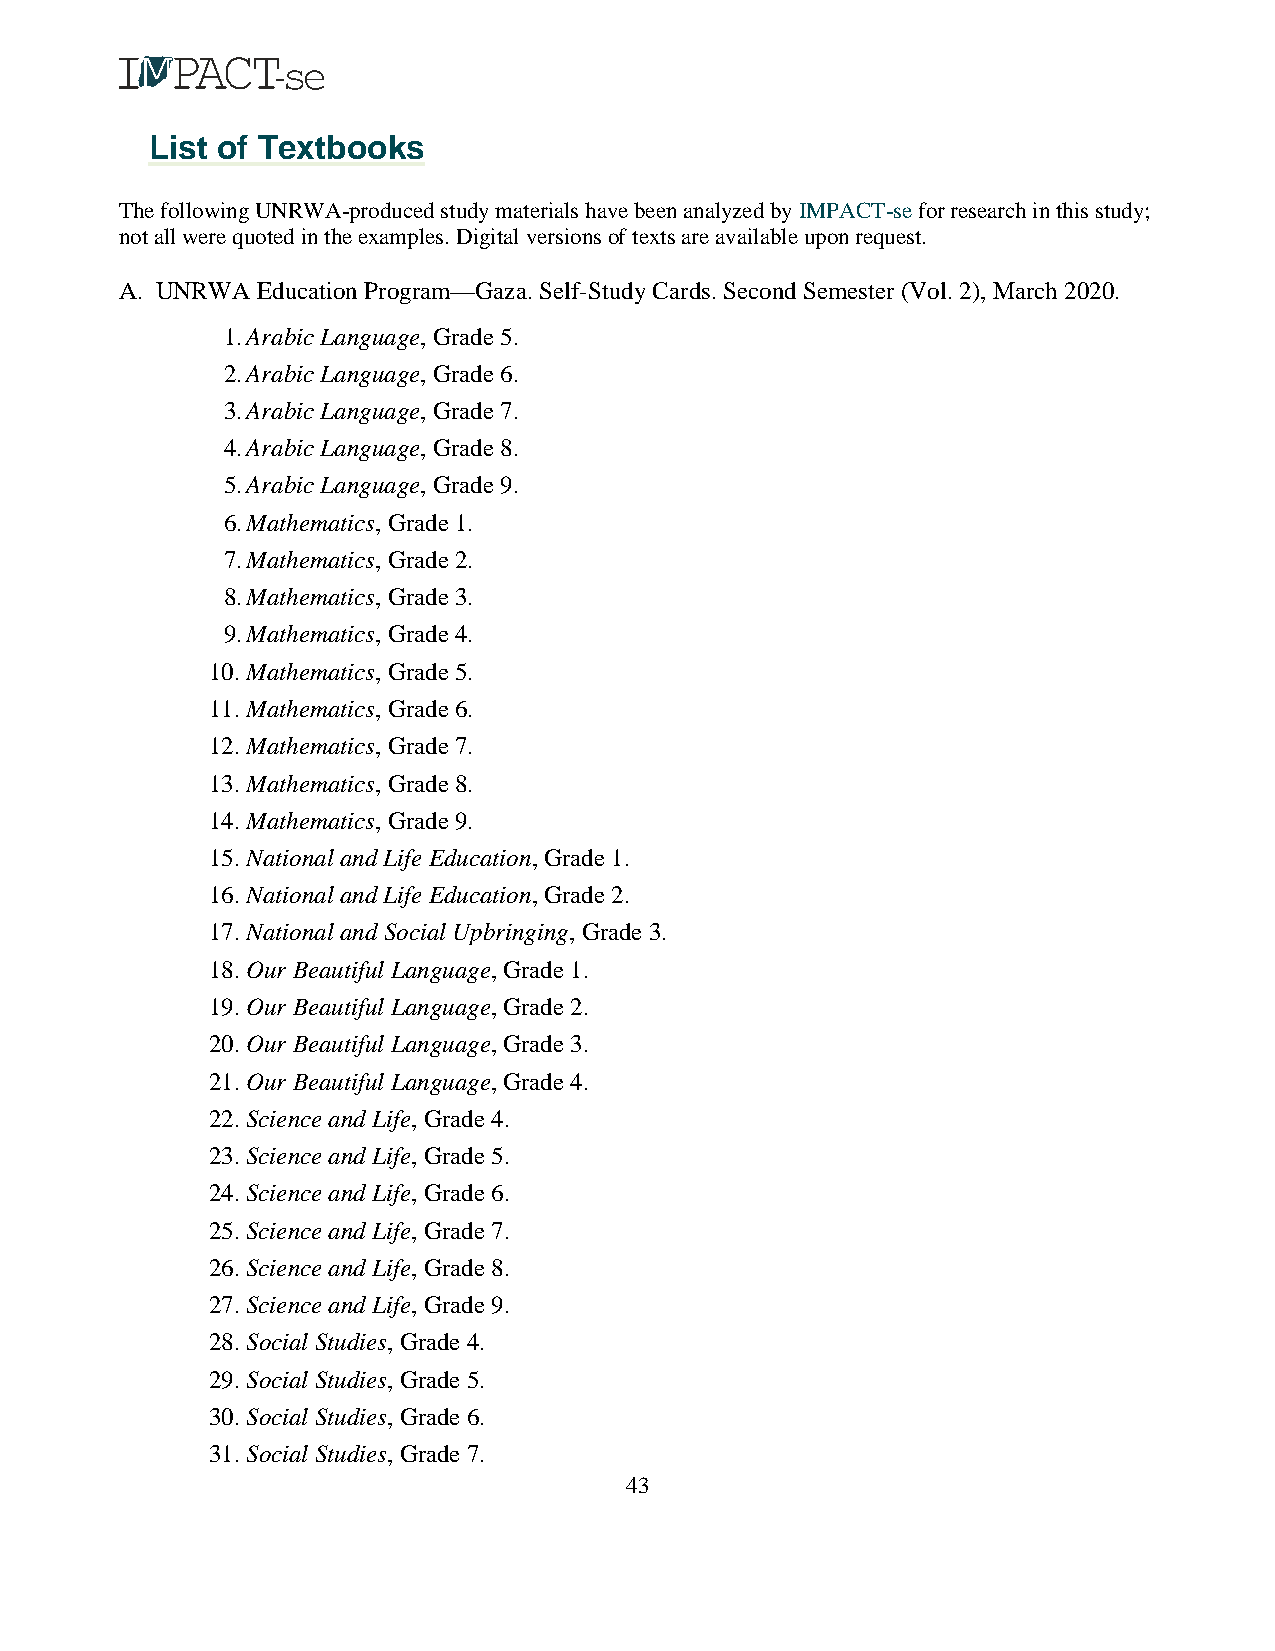
List of Textbooks
 The following UNRWA-produced study materials have been analyzed by IMPACT-se for research in this study;
 not all were quoted in the examples. Digital versions of texts are available upon request.
 A. UNRWA Education Program—Gaza. Self-Study Cards. Second Semester (Vol. 2), March 2020.
 1. Arabic Language, Grade 5.
 2. Arabic Language, Grade 6.
 3. Arabic Language, Grade 7.
 4. Arabic Language, Grade 8.
 5. Arabic Language, Grade 9.
 6. Mathematics, Grade 1.
 7. Mathematics, Grade 2.
 8. Mathematics, Grade 3.
 9. Mathematics, Grade 4.
 10. Mathematics, Grade 5.
 11. Mathematics, Grade 6.
 12. Mathematics, Grade 7.
 13. Mathematics, Grade 8.
 14. Mathematics, Grade 9.
 15. National and Life Education, Grade 1.
 16. National and Life Education, Grade 2.
 17. National and Social Upbringing, Grade 3.
 18. Our Beautiful Language, Grade 1.
 19. Our Beautiful Language, Grade 2.
 20. Our Beautiful Language, Grade 3.
 21. Our Beautiful Language, Grade 4.
 22. Science and Life, Grade 4.
 23. Science and Life, Grade 5.
 24. Science and Life, Grade 6.
 25. Science and Life, Grade 7.
 26. Science and Life, Grade 8.
 27. Science and Life, Grade 9.
 28. Social Studies, Grade 4.
 29. Social Studies, Grade 5.
 30. Social Studies, Grade 6.
 31. Social Studies, Grade 7.
 43